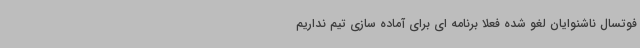
فوتسال ناشنوایان لغو شده فعلا برنامه ای برای آماده سازی تیم نداریم